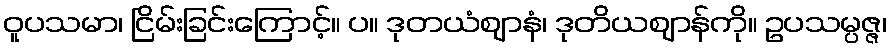
ဝူပသမာ၊ ငြိမ်းခြင်းကြောင့်။ ပ။ ဒုတယံဈာနံ၊ ဒုတိယဈာန်ကို။ ဥပသမ္ပဇ္ဇ၊